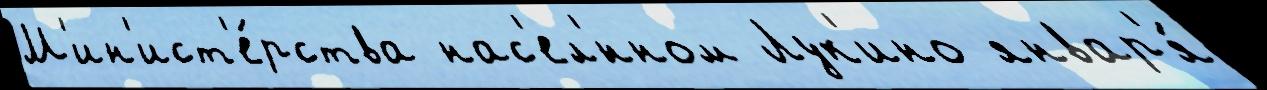
М'ин'ист'е́рства нас'ел'́нном Лук'ино январ'я́